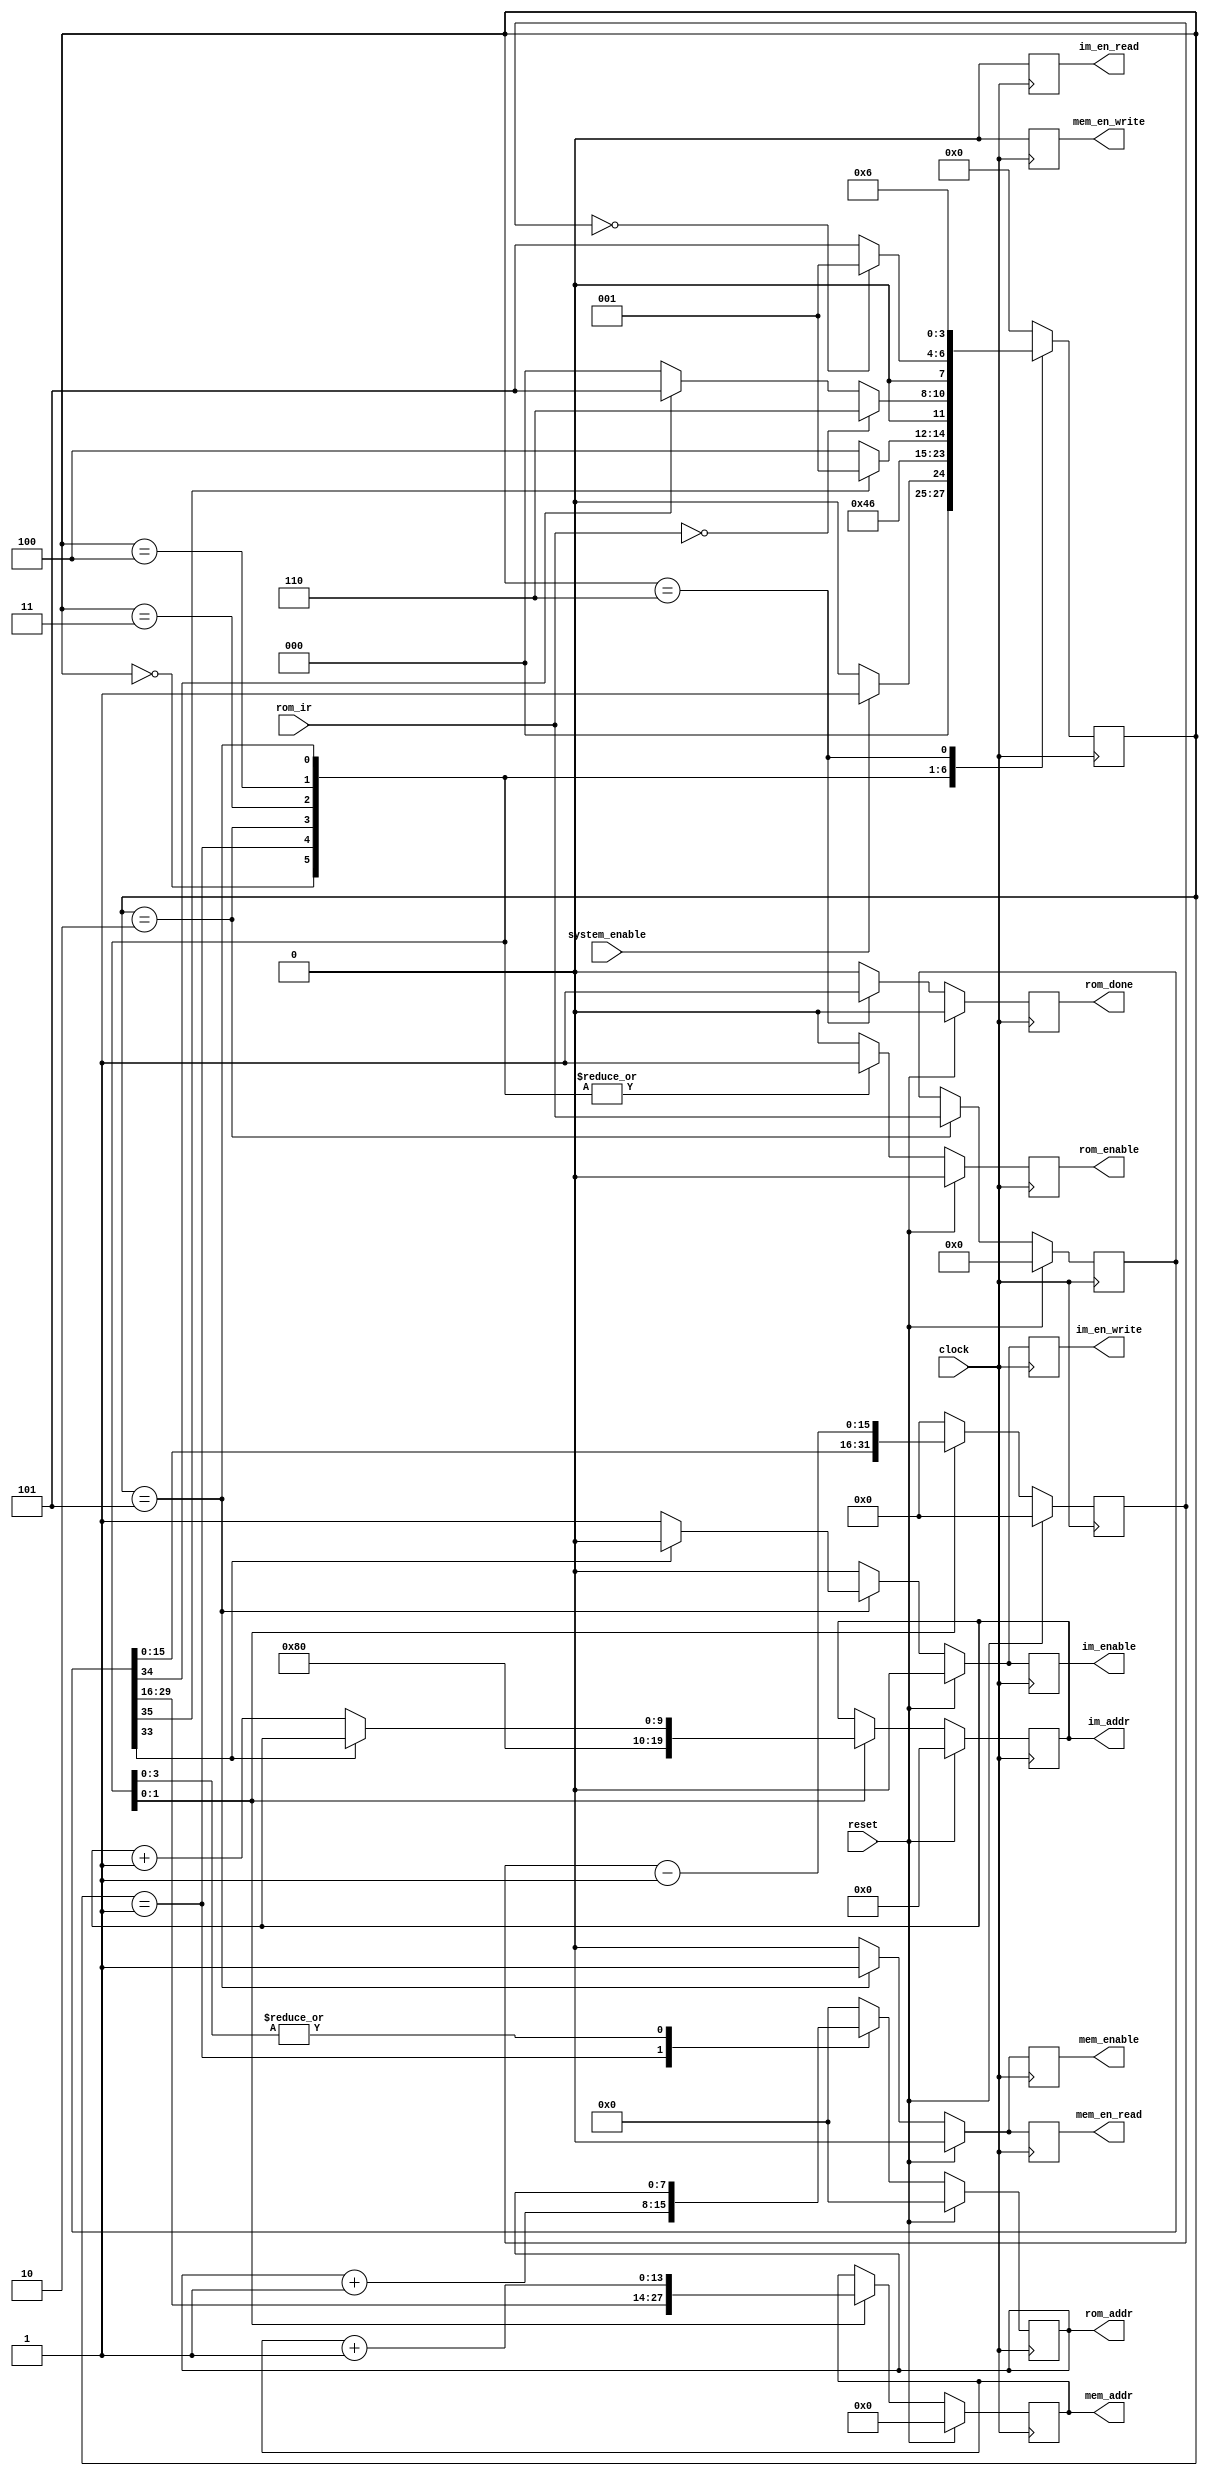
module mem_controller(rom_done, rom_enable, rom_addr, im_enable, im_en_read, im_en_write, im_addr, mem_enable, mem_en_read, mem_en_write, mem_addr, rom_ir, system_enable, reset, clock);

  parameter im_start = 'h80;
  
  // state
  parameter stopState = 3'b000, pcState = 3'b001, fetchIrState = 3'b010, rstState = 3'b011, enState = 3'b100, readState = 3'b101, cpuState = 3'b110;

  // TODO: DM
  input clock;
  input reset;
  input system_enable;
  input [35:0]rom_ir;

  output rom_enable;
  output [7:0]rom_addr;
  output rom_done;
  
  output im_enable;
  output im_en_read;
  output im_en_write;
  output [9:0]im_addr;

  output mem_enable;
  output mem_en_read; 
  output mem_en_write; 
  output [13:0]mem_addr;


  // internal
  reg rom_enable;
  reg [7:0]rom_addr;
  reg rom_done;

  reg im_enable;
  reg im_en_read;
  reg im_en_write;
  reg [9:0]im_addr;

  reg mem_enable;
  reg mem_en_read; 
  reg mem_en_write; 
  reg [13:0]mem_addr; 

  wire ir_rst    = present_rom_ir[35];
  wire ir_en     = present_rom_ir[34];
  wire ir_select = present_rom_ir[33];
  wire ir_read   = present_rom_ir[32];
  wire [15:0]ir_start_address = present_rom_ir[31:16];
  wire [15:0]ir_size = present_rom_ir[15:0];

  reg [15:0]size;
  
  // internal 
  reg [3:0] current_state;
  reg [35:0]present_rom_ir;
  
  always @ (posedge clock) begin
    case (current_state)
    stopState: // S0
      if (system_enable == 1)
        current_state <= pcState;
      else
        current_state <= stopState;

    pcState:  // S1
        current_state = fetchIrState;
    
    fetchIrState: // S2
//      if (present_rom_ir == 32'b0)
//        current_state <= cpuState;
//      else
        current_state <= rstState;

    rstState: // S3
      if (ir_rst == 1)
        current_state <= pcState;
      else
        current_state <= enState;

    enState: // S4
      if (rom_ir == 32'b0) // FIXME
        current_state <= cpuState;
      else begin
      if (ir_en == 1)
        current_state <= readState;
      else
        current_state <= stopState; // FIXME: should not be here.
      end

    readState: // S5
      if (size == 0)
        current_state <= pcState;
      else
        current_state <= readState;

    cpuState: // S6
      current_state <= cpuState;

    default:
      current_state <= stopState;
    endcase
  end
  
  always @ (posedge clock) begin
    if (reset) begin
      present_rom_ir = 32'b0;
      size = 0;
      rom_done <= 0;
      rom_addr <= 0;
      rom_enable <= 0;
      im_enable <= 0;
      im_en_read <= 0;
      im_en_write <= 0;
      im_addr <= 0;
      mem_enable <= 0;
      mem_en_read <= 0;
      mem_en_write <= 0;
      mem_addr <= 0;
    end
    else
    case(current_state)
      stopState: begin
        size <= 0;
        rom_done <= 0;
        rom_enable <= 1;
        rom_addr <= 0;
        im_enable <= 0;
        im_en_read <= 0;
        im_en_write <= 0;
        im_addr <= im_addr;
        mem_enable <= 0;
        mem_en_read <= 0;
        mem_en_write <= 0;
        mem_addr <= mem_addr;
      end
      pcState: begin
        size <= 0;
        rom_done <= 0;
        rom_enable <= 1;
        rom_addr <= rom_addr + 8'b1;
        im_enable <= 0;
        im_en_read <= 0;
        im_en_write <= 0;
        im_addr <= im_addr;
        mem_enable <= 0;
        mem_en_read <= 0;
        mem_en_write <= 0;
        mem_addr <= mem_addr;
      end
      fetchIrState: begin
        present_rom_ir <= rom_ir;
        size <= 0;
        rom_done <= 0;
        rom_enable <= 1;
        rom_addr <= rom_addr;
        im_enable <= 0;
        im_en_read <= 0;
        im_en_write <= 0;
        im_addr <= im_addr; 
        mem_enable <= 0;
        mem_en_read <= 0;
        mem_en_write <= 0;
        mem_addr <= mem_addr;
      end
      rstState: begin
        size <= 0;
        rom_done <= 0;
        rom_addr <= rom_addr;
        rom_enable <= 1;
        im_enable <= 0;
        im_en_read <= 0;
        im_en_write <= 0;
        im_addr <= im_addr;
        mem_enable <= 0;
        mem_en_read <= 0;
        mem_en_write <= 0;
        mem_addr <= mem_addr;
      end
      enState: begin
        size <= present_rom_ir[15:0]; 
        rom_done <= 0;
        rom_enable <= 1;
        rom_addr <= rom_addr;
        im_enable <= 0;
        im_en_read <= 0;
        im_en_write <= 0;
        im_addr <= 10'h80;
        mem_enable <= 0;
        mem_en_read <= 0;
        mem_en_write <= 0;
        mem_addr <= present_rom_ir[31:16]; 
      end
      readState: begin
        size <= size - 16'b1; 
        rom_done <= 0;
        rom_addr <= rom_addr;
        rom_enable <= 1;
        mem_enable <= 1;
        mem_en_read <= 1;
        mem_en_write <= 0;
        mem_addr <= mem_addr + 14'b1;
        if (ir_select == 0) begin // IM
          im_enable <= 1;
          im_en_read <= 0;
          im_en_write <= 1;
          im_addr <= im_addr + 10'b1;
        end else begin // DM
          im_enable <= 0;
          im_en_read <= 0;
          im_en_write <= 0;
          im_addr <= im_addr;
          // TODO
//          dm_enable <= 0;
//          dm_en_read <= 0;
//          dm_en_write <= 0;
//          dm_addr <= dm_addr + 10'b1;
        end
      end
      cpuState: begin
        size <= 0; 
        rom_done <= 1;
        rom_enable <= 0;
        rom_addr <= 0;
        im_enable <= 0;
        im_en_read <= 0;
        im_en_write <= 0;
        im_addr <= im_addr;
        mem_enable <= 0;
        mem_en_read <= 0;
        mem_en_write <= 0;
        mem_addr <= mem_addr;
      end
      default: begin
        size <= 0; 
        rom_done <= 0;
        rom_enable <= 0;
        rom_addr <= 0;
        im_enable <= 0;
        im_en_read <= 0;
        im_en_write <= 0;
        im_addr <= im_addr;
        mem_enable <= 0;
        mem_en_read <= 0;
        mem_en_write <= 0;
        mem_addr <= mem_addr;
      end
    endcase
  end

endmodule